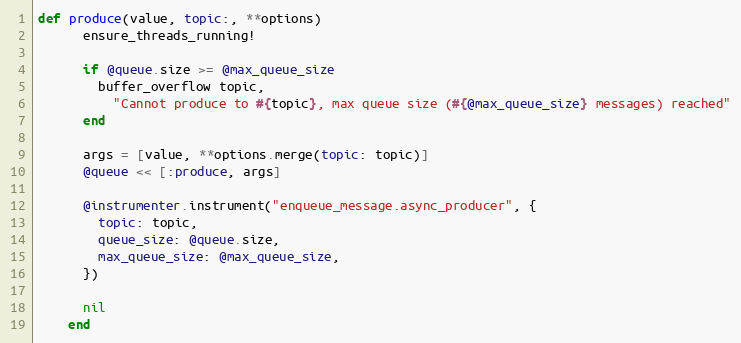
Language: Ruby
def produce(value, topic:, **options)
      ensure_threads_running!

      if @queue.size >= @max_queue_size
        buffer_overflow topic,
          "Cannot produce to #{topic}, max queue size (#{@max_queue_size} messages) reached"
      end

      args = [value, **options.merge(topic: topic)]
      @queue << [:produce, args]

      @instrumenter.instrument("enqueue_message.async_producer", {
        topic: topic,
        queue_size: @queue.size,
        max_queue_size: @max_queue_size,
      })

      nil
    end